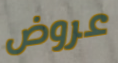
عروض